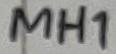
Text: MH1